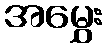
အမွှေး